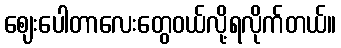
ဈေးပေါတာလေးတွေဝယ်လို့ရလိုက်တယ်။